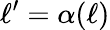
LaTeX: \ell^{\prime}=\alpha(\ell)